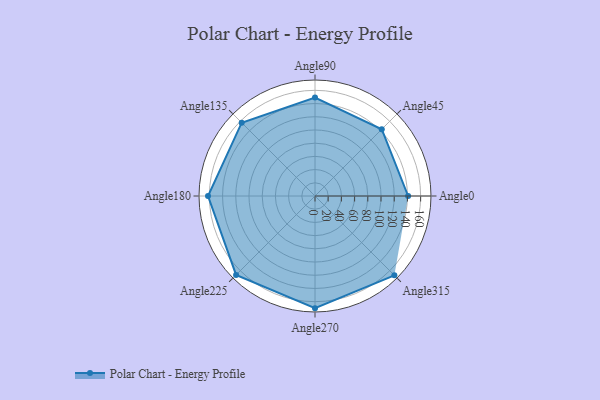
{"axis": {"x": "Angle", "y": "Radius"}, "legend": [""], "data": [{"x": "Angle0", "y": 141.0, "type": ""}, {"x": "Angle45", "y": 143.0, "type": ""}, {"x": "Angle90", "y": 149.0, "type": ""}, {"x": "Angle135", "y": 157.0, "type": ""}, {"x": "Angle180", "y": 162.0, "type": ""}, {"x": "Angle225", "y": 169.0, "type": ""}, {"x": "Angle270", "y": 170, "type": ""}, {"x": "Angle315", "y": 170, "type": ""}]}